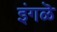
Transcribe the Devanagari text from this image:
इंगळॆ